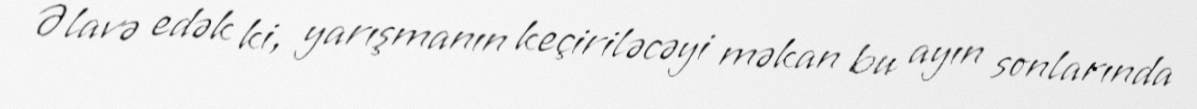
Əlavə edək ki, yarışmanın keçiriləcəyi məkan bu ayın sonlarında